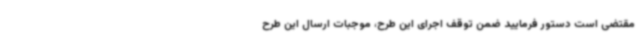
مقتضی است دستور فرمایید ضمن توقف اجرای این طرح، موجبات ارسال این طرح